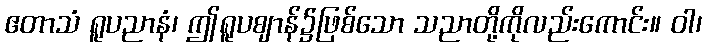
ဧတာသံ ရူပညာနံ၊ ဤရူပဈာန်၌ဖြစ်သော သညာတို့ကိုလည်းကောင်း။ ဝါ၊